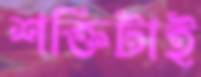
শক্তিটাই